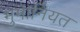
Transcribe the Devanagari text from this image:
मुमानियत